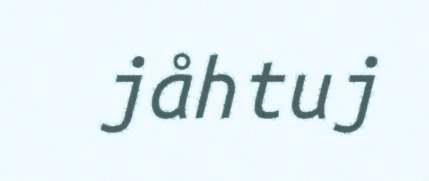
jåhtuj